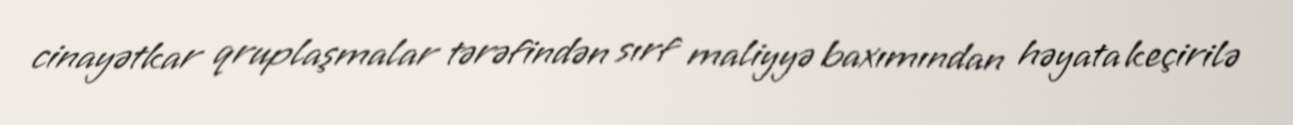
cinayətkar qruplaşmalar tərəfindən sırf maliyyə baxımından həyata keçirilə